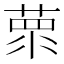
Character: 𦵺